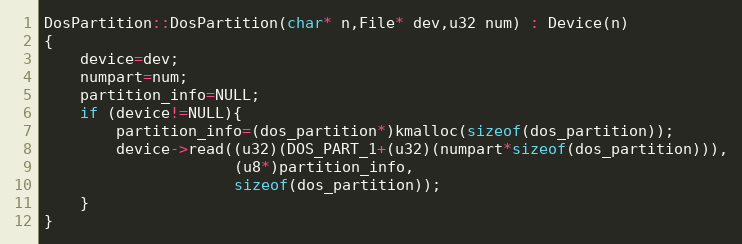
Language: C++
DosPartition::DosPartition(char* n,File* dev,u32 num) : Device(n)
{
	device=dev;
	numpart=num;
	partition_info=NULL;
	if (device!=NULL){
		partition_info=(dos_partition*)kmalloc(sizeof(dos_partition));
		device->read((u32)(DOS_PART_1+(u32)(numpart*sizeof(dos_partition))),
					 (u8*)partition_info,
					 sizeof(dos_partition));
	}
}